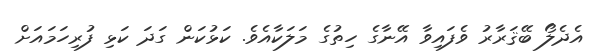
އެދެލޯ ބޭޤަރާރު ވެފައިވާ އޭނާގެ ހިތުގެ މަލަކާއެވެ. ކަޅުކަން ގަދަ ކަޅި ފުރިހަމައަށް